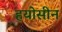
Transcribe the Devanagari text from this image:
हयोसीन